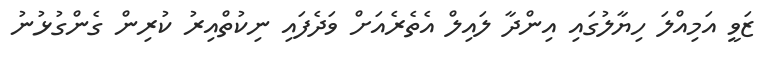
ޒަވީ އަމިއްލަ ހިޔާލުގައި އިންދާ ލައިލް އެތެރެއަށް ވަދެފައި ނިކުތްއިރު ކުރިން ގެންގުޅުނު